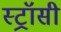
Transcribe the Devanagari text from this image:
स्ट्रॉसी